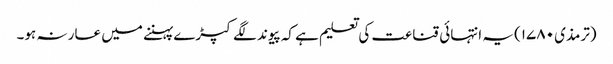
(ترمذی ۱۷۸۰) یہ انتہائی قناعت کی تعلیم ہے کہ پیوند لگے کپڑے پہننے میں عار نہ ہو۔